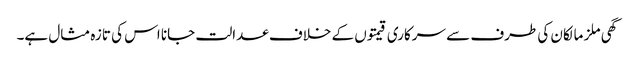
گھی ملز مالکان کی طرف سے سرکاری قیمتوں کے خلاف عدالت جانا اس کی تازہ مثال ہے۔